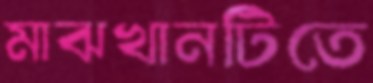
মাঝখানটিতে